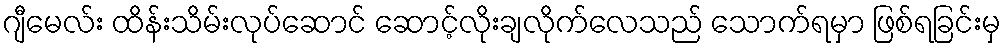
ဂျီမေလ်း ထိန်းသိမ်းလုပ်ဆောင် ဆောင့်လိုးချလိုက်လေသည် သောက်ရမှာ ဖြစ်ရခြင်းမှ